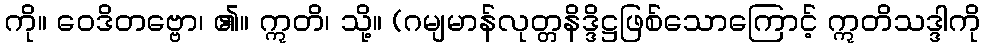
ကို။ ဝေဒိတဗ္ဗော၊ ၏။ ဣတိ၊ သို့။ (ဂမျမာန်လုတ္တနိဒ္ဒိဋ္ဌဖြစ်သောကြောင့် ဣတိသဒ္ဒါကို